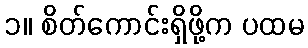
၁။ စိတ်ကောင်းရှိဖို့က ပထမ